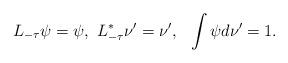
LaTeX: \begin{align*}L_{-\tau}\psi=\psi,\,\,L^{*}_{-\tau}\nu'=\nu',\,\,\,\,\int \psi d\nu'=1.\end{align*}